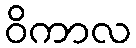
ဝိကာလ